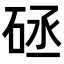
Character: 𥒡